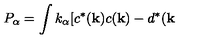
P _ { \alpha } = \int k _ { \alpha } [ c ^ { \ast } ( { \bf k } ) c ( { \bf k } ) - d ^ { \ast } ( { \bf k }